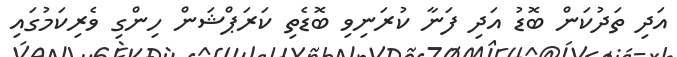
އަދި ތަދުކަން ބޮޑު އަދި ފަނާ ކުރަނިވި ބޮޑެތި ކަރަޕްޝަން ހިންގި ވެރިކަމުގައި